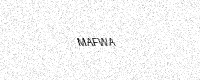
Text: MAFWA